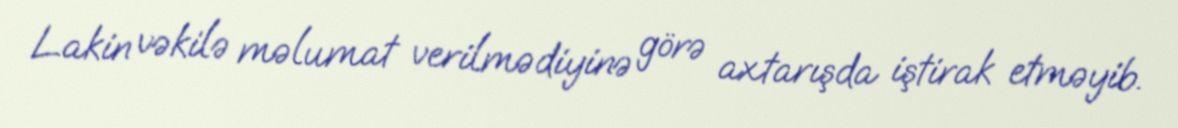
Lakin vəkilə məlumat verilmədiyinə görə axtarışda iştirak etməyib.